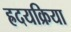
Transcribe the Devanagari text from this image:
ह्रदयक्रिया